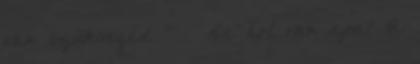
van szükséged ” – De hol van apa? A